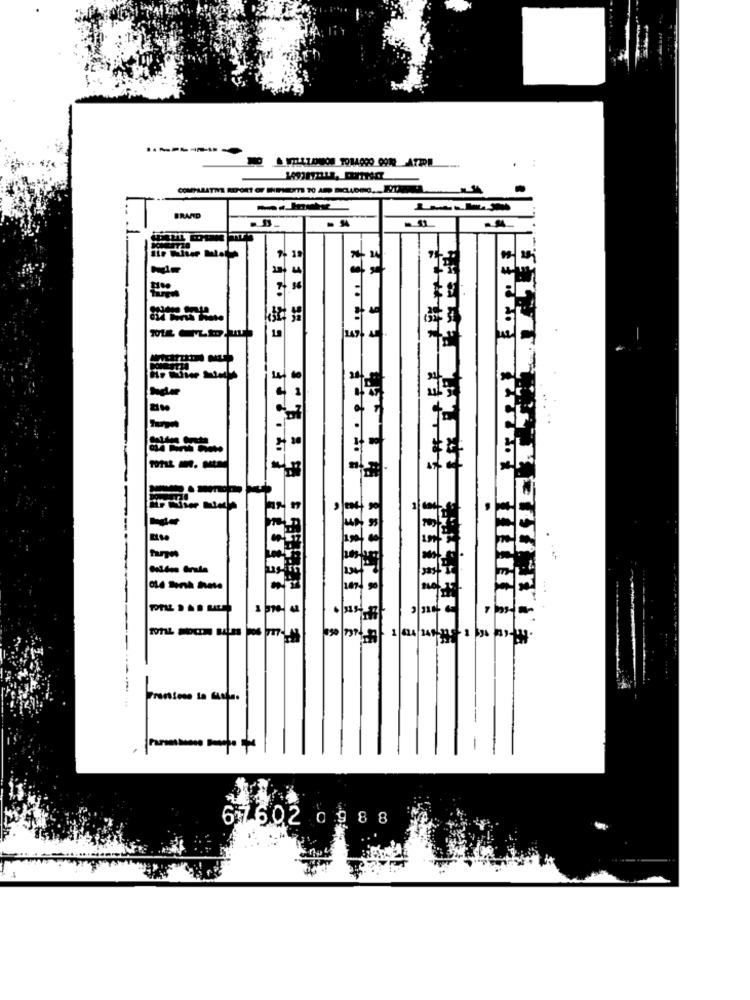
BRAND
ـعد
149
30
------
67602 0988